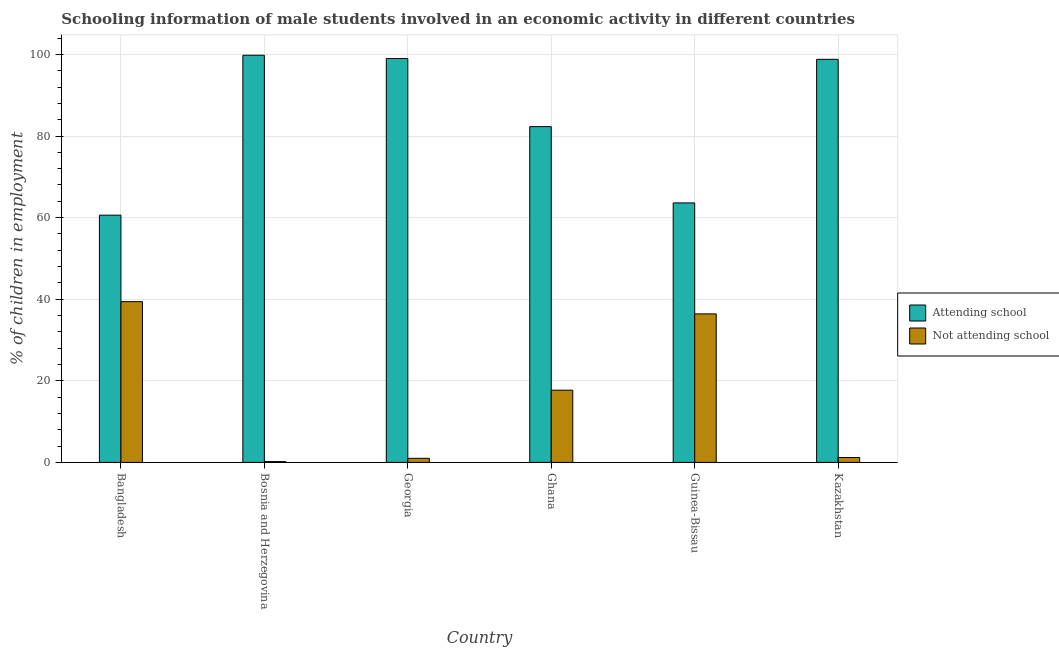
| Country | Attending school | Not attending school |
 | --- | --- | --- |
 | Bangladesh | 60.6 | 39.4 |
 | Bosnia and Herzegovina | 99.8 | 0.2 |
 | Georgia | 99 | 1 |
 | Ghana | 82.3 | 17.7 |
 | Guinea-Bissau | 63.6 | 36.4 |
 | Kazakhstan | 98.8 | 1.2 |